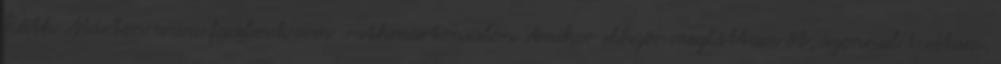
Ráth Márton www.facebook.com rathmartonsalon Amikor először megláttam őt, azonnal tudtam,